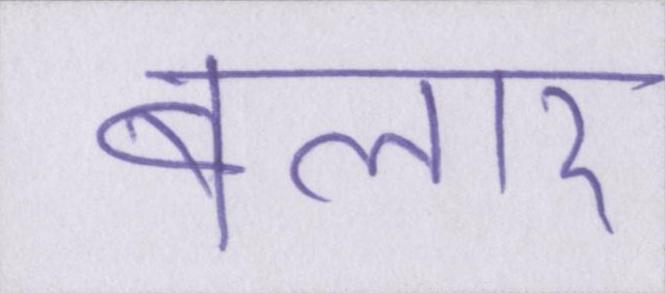
बलार